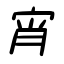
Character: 宵